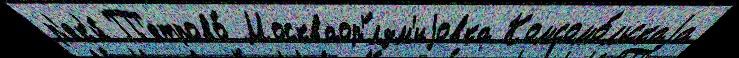
р'ек'и́ П'етрово́ Москваор'́лзм'иjовка Комсомо́льскаjа